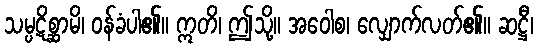
သမ္ပဋိစ္ဆာမိ၊ ဝန်ခံပါ၏။ ဣတိ၊ ဤသို့။ အဝေါစ၊ လျှောက်လတ်၏။ ဆဋ္ဌီ၊